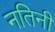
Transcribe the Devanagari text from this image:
नतिनी